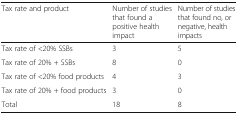
| Tax rate and product | Number of studies that found a positive health impact | Number of studies that found no, or negative, health impacts |
 | --- | --- | --- |
 | Tax rate of <20% SSBs | 3 | 5 |
 | Tax rate of 20% + SSBs | 8 | 0 |
 | Tax rate of <20% food products | 4 | 3 |
 | Tax rate of 20% + food products | 3 | 0 |
 | Total | 18 | 8 |